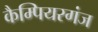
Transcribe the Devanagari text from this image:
कैम्पियरगंज